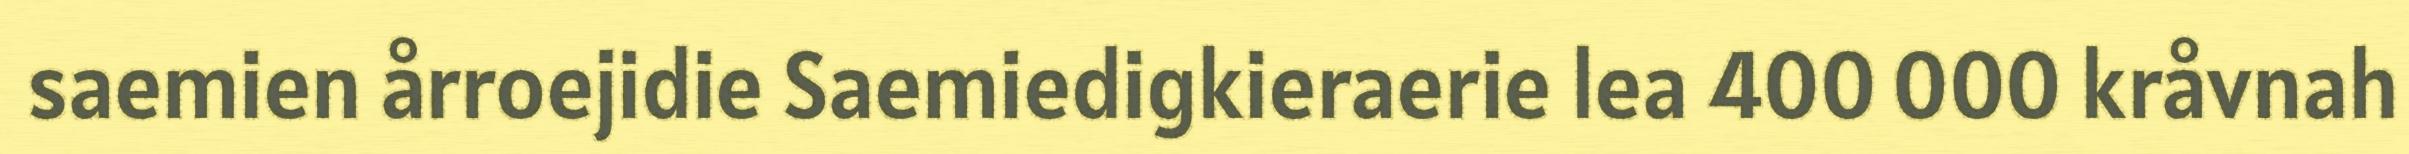
saemien årroejidie Saemiedigkieraerie lea 400 000 kråvnah